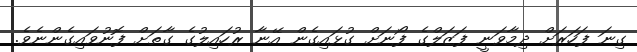
ގިނަ ފަހަރަށް ދިމާވަނީ ފަޒަލްގެ ފޯނަށް ގުޅައިގެން އޭނާ ރުހައިލުގެ ގާތަށް ފޮނުވައިގެންނެވެ.